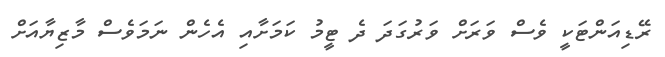
ރޭޑިއަންޓަކީ ވެސް ވަރަށް ވަރުގަދަ ދެ ޓީމު ކަމަށާއި އެހެން ނަމަވެސް މާޒިޔާއަށް